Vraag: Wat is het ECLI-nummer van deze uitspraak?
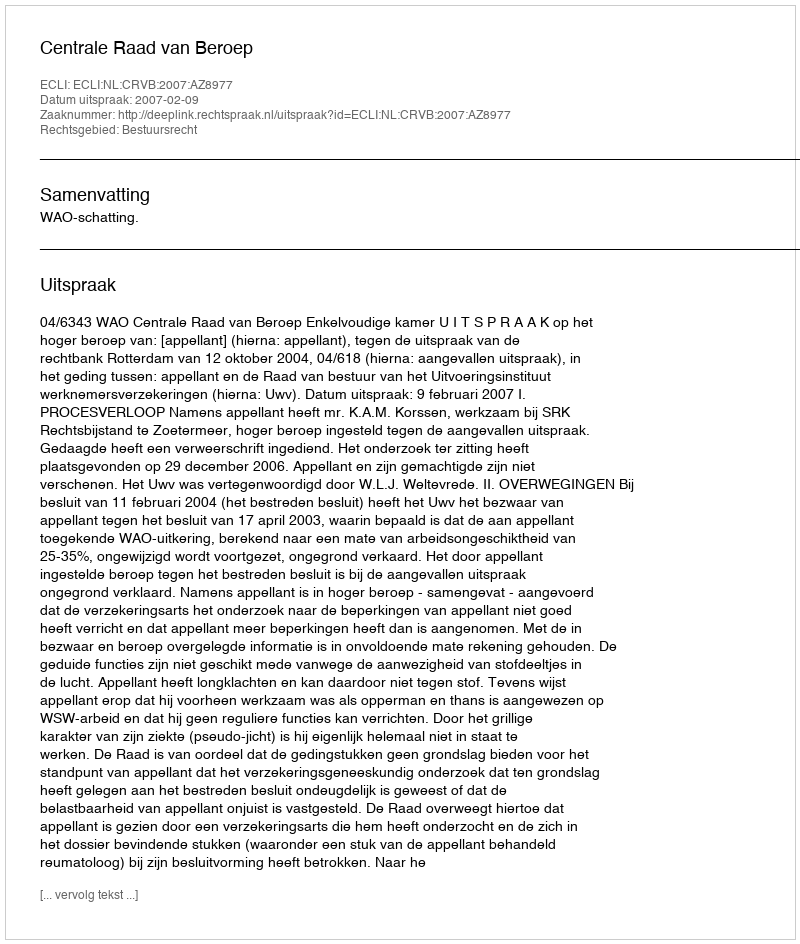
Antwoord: ECLI:NL:CRVB:2007:AZ8977